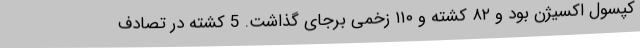
کپسول اکسیژن بود و ۸۲ کشته و ۱۱۰ زخمی برجای گذاشت. 5 کشته در تصادف